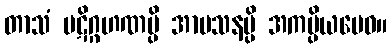
တာသံ ပဋိဂ္ဂဟဏမ္ပိ အာမသနမ္ပိ အကပ္ပိယမေဝ။